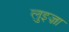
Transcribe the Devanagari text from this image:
लुइज़ा